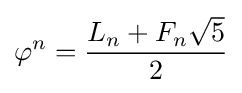
\varphi ^{n}={{L_{n}+F_{n}{\sqrt {5}}} \over 2}